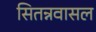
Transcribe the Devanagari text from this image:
सितन्नवासल